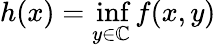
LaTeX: h(x)=\operatorname*{inf}_{y\in\mathbb{C}}f(x,y)